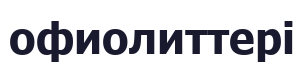
офиолиттері